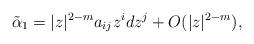
LaTeX: \begin{align*}\tilde{\alpha}_1 = |z|^{2-m} a_{ij} z^i dz^j + O(|z|^{2-m}),\end{align*}